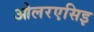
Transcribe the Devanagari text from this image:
ओलरएसिइ